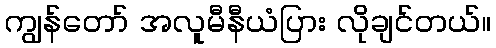
ကျွန်တော် အလူမီနီယံပြား လိုချင်တယ်။